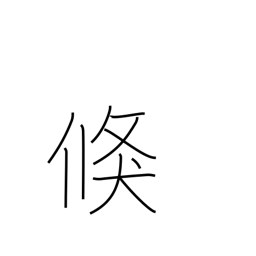
Meaning: prompt